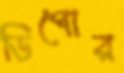
ডিপোর